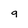
Character: 9